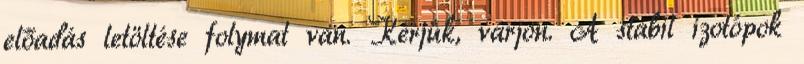
előadás letöltése folymat van. Kérjük, várjon. A stabil izotópok